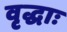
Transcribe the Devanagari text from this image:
वृद्धाः